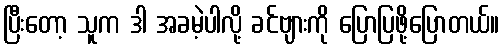
ပြီးတော့ သူက ဒါ အခမဲ့ပါလို့ ခင်ဗျားကို ပြောပြဖို့ပြောတယ်။